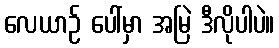
လေယာဉ် ပေါ်မှာ အမြဲ ဒီလိုပါပဲ။